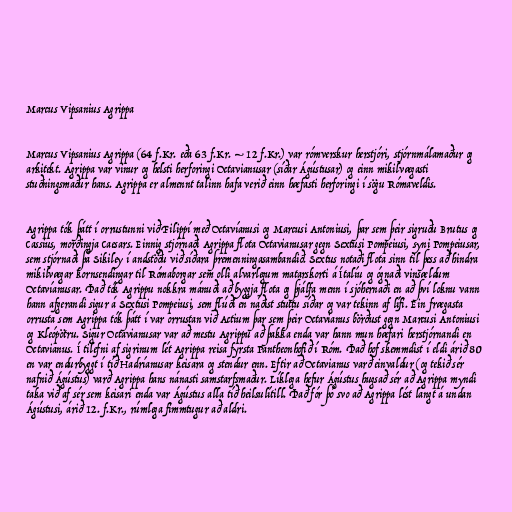
Marcus Vipsanius Agrippa

Marcus Vipsanius Agrippa (64 f.Kr. eða 63 f.Kr. – 12 f.Kr.) var rómverskur herstjóri, stjórnmálamaður og
arkitekt. Agrippa var vinur og helsti herforingi Octavianusar (síðar Ágústusar) og einn mikilvægasti
stuðningsmaður hans. Agrippa er almennt talinn hafa verið einn hæfasti herforingi í sögu Rómaveldis.

Agrippa tók þátt í orrustunni við Filippí með Octavíanusi og Marcusi Antoniusi, þar sem þeir sigruðu Brutus og
Cassius, morðingja Caesars. Einnig stjórnaði Agrippa flota Octavianusar gegn Sextusi Pompeiusi, syni Pompeiusar,
sem stjórnaði þá Sikiley í andstöðu við síðara þremenningasambandið. Sextus notaði flota sinn til þess að hindra
mikilvægar kornsendingar til Rómaborgar sem olli alvarlegum matarskorti á Ítalíu og ógnaði vinsældum
Octavíanusar. Það tók Agrippu nokkra mánuði að byggja flota og þjálfa menn í sjóhernaði en að því loknu vann
hann afgerandi sigur á Sextusi Pompeiusi, sem flúði en náðist stuttu síðar og var tekinn af lífi. Ein frægasta
orrusta sem Agrippa tók þátt í var orrustan við Actium þar sem þeir Octavianus börðust gegn Marcusi Antoniusi
og Kleópötru. Sigur Octavianusar var að mestu Agrippu að þakka enda var hann mun hæfari herstjórnandi en
Octavianus. Í tilefni af sigrinum lét Agrippa reisa fyrsta Pantheonhofið í Róm. Það hof skemmdist í eldi árið 80
en var endurbyggt í tíð Hadríanusar keisara og stendur enn. Eftir að Octavianus varð einvaldur (og tekið sér
nafnið Ágústus) varð Agrippa hans nánasti samstarfsmaður. Líklega hefur Ágústus hugsað sér að Agrippa myndi
taka við af sér sem keisari enda var Ágústus alla tíð heilsulítill. Það fór þó svo að Agrippa lést langt á undan
Ágústusi, árið 12. f.Kr., rúmlega fimmtugur að aldri.